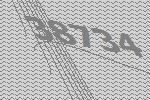
38734